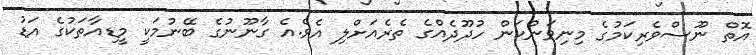
އޮތް ނޫސްވެރިކަމުގެ މިނިވަންކަން ހުދޫދެއްގެ ތެރެއަށްލި އެވެ.އެ ގާނޫނުގެ ބޭނުމަކީ މީޑިއާތަކުގެ އަޑު